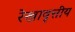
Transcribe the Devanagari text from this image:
रेखावृत्तीय